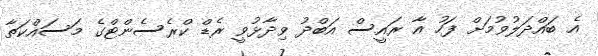
އެ ބައްދަލުވުމަށް ފަހު އާ ރައީސް އަބްދު ވިދާޅުވީ ރެޑް ކްރެސެންޓްގެ މަސައްކަތާ